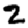
Digit: 2